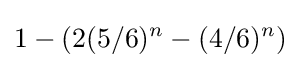
1-(2(5/6)^{n}-(4/6)^{n})